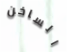
الساخن